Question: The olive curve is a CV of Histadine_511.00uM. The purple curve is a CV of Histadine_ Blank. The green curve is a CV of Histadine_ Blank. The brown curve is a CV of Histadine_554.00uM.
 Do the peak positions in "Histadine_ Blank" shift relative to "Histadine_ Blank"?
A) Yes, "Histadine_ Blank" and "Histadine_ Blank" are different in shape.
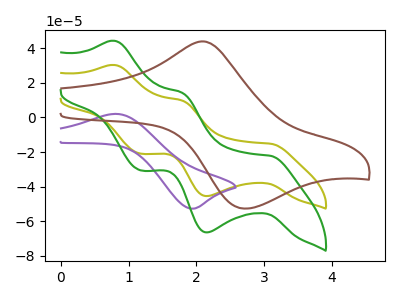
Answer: <think>The olive curve "Histadine_511.00uM" has anodic peaks at (0.80V, 30.25uA) (1.80V, 9.75uA) and cathodic peaks at (3.10V, -15.20uA) (2.15V, -45.40uA) (1.15V, -20.85uA). The purple curve "Histadine_ Blank" has an anodic peak at (0.80V, 2.05uA) and a cathodic peak at (1.90V, -52.65uA). The green curve "Histadine_ Blank" has anodic peaks at (0.80V, 44.25uA) (1.80V, 14.25uA) and cathodic peaks at (3.10V, -22.20uA) (2.15V, -66.40uA) (1.15V, -30.50uA). The brown curve "Histadine_554.00uM" has an anodic peak at (2.10V, 43.85uA) and a cathodic peak at (2.70V, -52.60uA).
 "Histadine_ Blank" and "Histadine_ Blank" have a different number of peaks.</think>
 <answer>A) Yes, "Histadine_ Blank" and "Histadine_ Blank" are different in shape.</answer>
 <eval>A</eval>